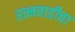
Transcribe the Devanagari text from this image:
रत्नवाडीचा